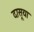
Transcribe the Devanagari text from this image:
दासूया